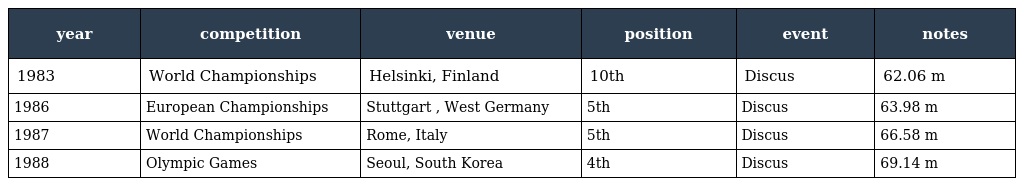
| year | competition | venue | position | event | notes |
 | --- | --- | --- | --- | --- | --- |
 | 1983 | World Championships | Helsinki, Finland | 10th | Discus | 62.06 m |
 | 1986 | European Championships | Stuttgart , West Germany | 5th | Discus | 63.98 m |
 | 1987 | World Championships | Rome, Italy | 5th | Discus | 66.58 m |
 | 1988 | Olympic Games | Seoul, South Korea | 4th | Discus | 69.14 m |